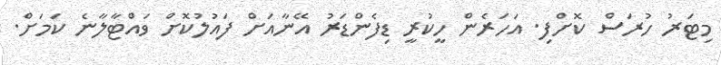
މިޓަރު ހުރަސް ކޮށްފި. އަހަރެން ހީކުރީ ޑިފެންޑަރު އޭނާއަށް ފައުލުކޮށް ވައްޓާލާނެ ކަމަށް.